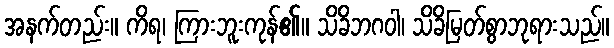
အနက်တည်း။ ကိရ၊ ကြားဘူးကုန်၏။ သိခိဘဂဝါ၊ သိခိမြတ်စွာဘုရားသည်။